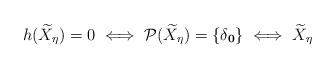
LaTeX: \begin{align*} h(\widetilde{X}_\eta)=0 \iff \mathcal{P}(\widetilde{X}_\eta)=\{\delta_{\boldsymbol{0}}\}\iff \widetilde{X}_\eta \end{align*}